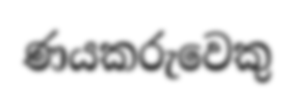
ණයකරුවෙකු